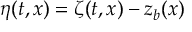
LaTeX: \eta ( t , x ) = \zeta ( t , x ) - z _ { b } ( x )